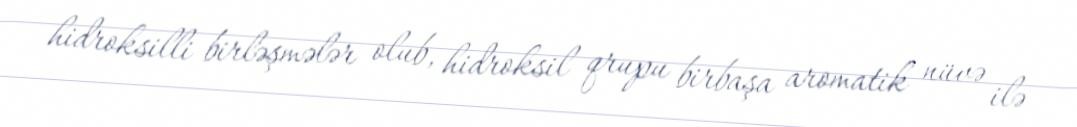
hidroksilli birləşmələr olub, hidroksil qrupu birbaşa aromatik nüvə ilə